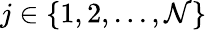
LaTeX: j\in\{ 1,2,...,\mathcal{N}\}